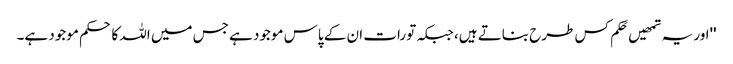
''اور یہ تمھیں حَکم کس طرح بناتے ہیں، جبکہ تورات ان کے پاس موجود ہے جس میں اللہ کا حکم موجود ہے۔